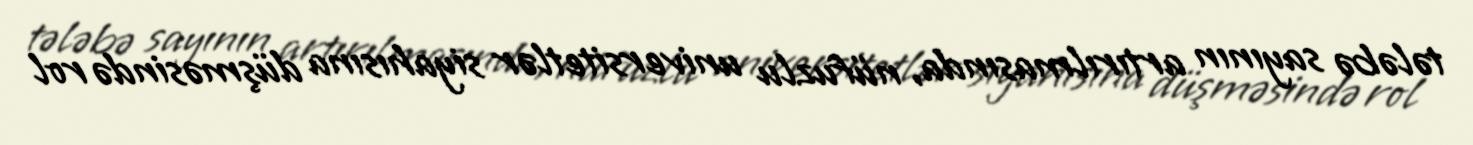
tələbə sayının artırılmasında, nüfuzlu universitetlər siyahısına düşməsində rol